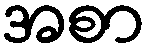
အစာ